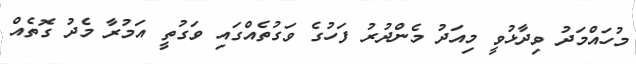
މުހައްމަދު ވިދާޅުވީ މިއަދު މެންދުރު ފަހުގެ ވަގުތެއްގައި ވަގުތީ އަމުރާ މެދު ގޮތެއް